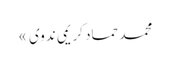
محمد حماد کریمی ندوی »